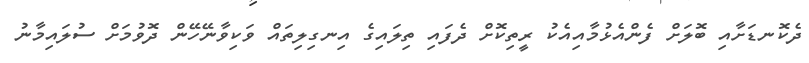
ދެކޮނޑަށާއި ބޮލަށް ފެންއެޅުމާއިއެކު ރީތިކޮށް ދެފައި ތިލައިގެ އިނގިލިތައް ވަކިވާނޭހޭން ދޮވުމަށް ސުލައިމާނު